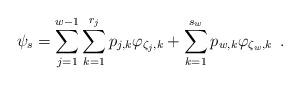
LaTeX: \begin{align*} \psi_s=\sum_{j=1}^{w-1}\sum_{k=1}^{r_j}{{p}}_{j,k}\varphi_{\zeta_j,k}+\sum_{k=1}^{s_w}{{p}}_{w,k}\varphi_{\zeta_w,k}\enspace.\end{align*}